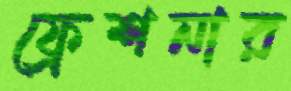
ফ্রেশনার